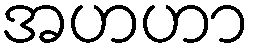
အဟဟာ